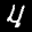
Label: 4